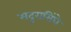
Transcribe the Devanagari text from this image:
मदुरासिंघे